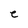
Character: e